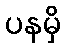
ပနမှိ